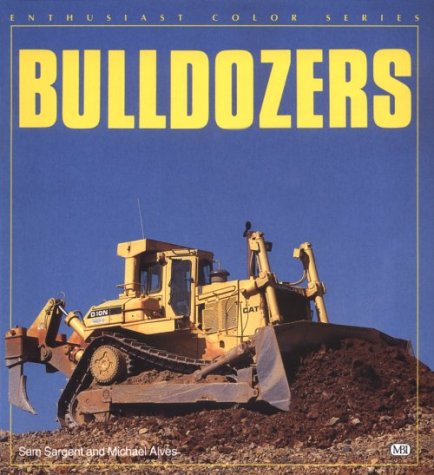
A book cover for Bulldozers (Enthusiast Color Series); Sam Sargent; Engineering & Transportation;